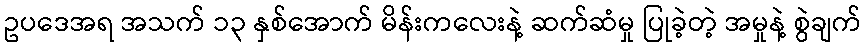
ဥပဒေအရ အသက် ၁၃ နှစ်အောက် မိန်းကလေးနဲ့ ဆက်ဆံမှု ပြုခဲ့တဲ့ အမှုနဲ့ စွဲချက်